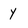
Character: y